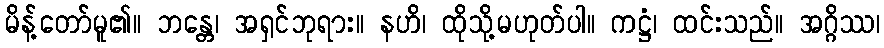
မိန့်တော်မူ၏။ ဘန္တေ၊ အရှင်ဘုရား။ နဟိ၊ ထိုသို့မဟုတ်ပါ။ ကဋ္ဌံ၊ ထင်းသည်။ အဂ္ဂိဿ၊